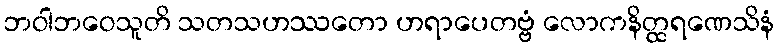
ဘဝါဘဝေသူတိ သတသဟဿတော ဟရာပေတဗ္ဗံ လောကနိတ္ထရဏေသိနံ